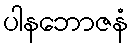
ပါနဘောဇနံ